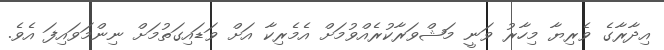
އިދާރާގެ ވެރިޔާ މިހާރު ވަނީ މަޝްވަރާކުރެއްވުމަށް އެމެރިކާ އަށް ވަޑައިގަތުމަށް ނިންމަވައިފަ އެވެ.